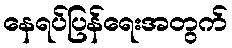
နေရပ်ပြန်ရေးအတွက်